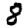
Digit: 8